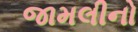
જામલીનો